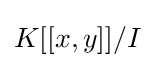
K[[x,y]]/I